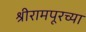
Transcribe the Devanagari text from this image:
श्रीरामपूरच्या